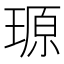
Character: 𪼆